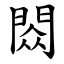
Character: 閦